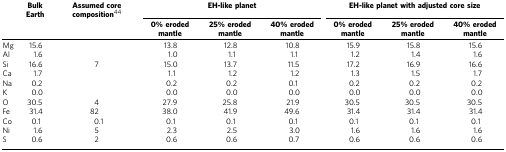
<table><thead><tr><td><b> </b></td><td><b>Bulk Earth</b></td><td><b>Assumed core composition44</b></td><td colspan="3"><b>EH-like planet</b></td><td colspan="3"><b>EH-like planet with adjusted core size</b></td></tr><tr><td><b> </b></td><td><b> </b></td><td><b> </b></td><td><b>0% eroded mantle</b></td><td><b>25% eroded mantle</b></td><td><b>40% eroded mantle</b></td><td><b>0% eroded mantle</b></td><td><b>25% eroded mantle</b></td><td><b>40% eroded mantle</b></td></tr></thead><tbody><tr><td>Mg</td><td>15.6</td><td> </td><td>13.8</td><td>12.8</td><td>10.8</td><td>15.9</td><td>15.8</td><td>15.6</td></tr><tr><td>Al</td><td>1.6</td><td> </td><td>1.0</td><td>1.1</td><td>1.1</td><td>1.2</td><td>1.4</td><td>1.6</td></tr><tr><td>Si</td><td>16.6</td><td>7</td><td>15.0</td><td>13.7</td><td>11.5</td><td>17.2</td><td>16.9</td><td>16.6</td></tr><tr><td>Ca</td><td>1.7</td><td> </td><td>1.1</td><td>1.2</td><td>1.2</td><td>1.3</td><td>1.5</td><td>1.7</td></tr><tr><td>Na</td><td>0.2</td><td> </td><td>0.2</td><td>0.2</td><td>0.1</td><td>0.2</td><td>0.2</td><td>0.2</td></tr><tr><td>K</td><td>0.0</td><td> </td><td>0.0</td><td>0.0</td><td>0.0</td><td>0.0</td><td>0.0</td><td>0.0</td></tr><tr><td>O</td><td>30.5</td><td>4</td><td>27.9</td><td>25.8</td><td>21.9</td><td>30.5</td><td>30.5</td><td>30.5</td></tr><tr><td>Fe</td><td>31.4</td><td>82</td><td>38.0</td><td>41.9</td><td>49.6</td><td>31.4</td><td>31.4</td><td>31.4</td></tr><tr><td>Co</td><td>0.1</td><td>0.1</td><td>0.1</td><td>0.1</td><td>0.1</td><td>0.1</td><td>0.1</td><td>0.1</td></tr><tr><td>Ni</td><td>1.6</td><td>5</td><td>2.3</td><td>2.5</td><td>3.0</td><td>1.6</td><td>1.6</td><td>1.6</td></tr><tr><td>S</td><td>0.6</td><td>2</td><td>0.6</td><td>0.6</td><td>0.7</td><td>0.6</td><td>0.6</td><td>0.6</td></tr></tbody></table>